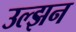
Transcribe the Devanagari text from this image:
उल्झन